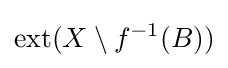
\operatorname {ext} (X\setminus f^{-1}(B))